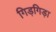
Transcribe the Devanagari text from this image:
गिड़गिड़ा